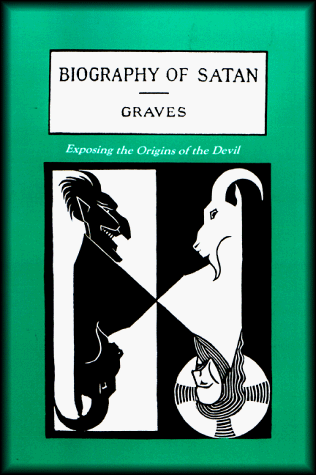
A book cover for The Biography of Satan: Exposing the Origins of the Devil; Kersey Graves; Religion & Spirituality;